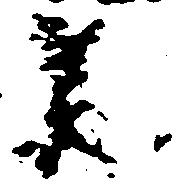
承